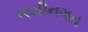
જમીનગત